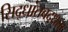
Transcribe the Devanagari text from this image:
सिद्धांतबद्धता